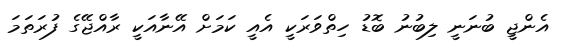
އެންޖީ ބުނަނީ ލިބުނު ބޮޑު ހިތްވަރަކީ އެއީ ކަމަށް އޭނާއަކީ ރާއްޖޭގެ ފުރަތަމަ